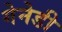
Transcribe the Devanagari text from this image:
गेनेडी